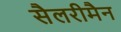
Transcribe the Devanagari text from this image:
सैलरीमैन